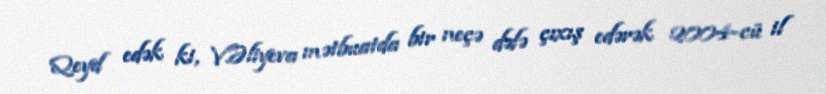
Qeyd edək ki, V.Əliyeva mətbuatda bir neçə dəfə çıxış edərək 2004-cü il